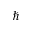
\hbar